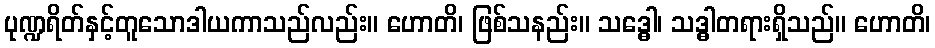
ပုဏ္ဍရိတ်နှင့်တူသောဒါယကာသည်လည်း။ ဟောတိ၊ ဖြစ်သနည်း။ သဒ္ဓေါ၊ သဒ္ဓါတရားရှိသည်။ ဟောတိ၊